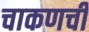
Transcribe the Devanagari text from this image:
चाकणची